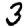
Digit: 3